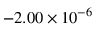
- 2 . 0 0 \times 1 0 ^ { - 6 }